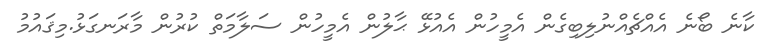
ކާނެ ބޯނެ އެއްޗެއްނުލިބިގެން އެމީހުން އެއުޅޭ ޙާލުން އެމީހުން ސަލާމަތް ކުރުން މާރަނގަޅު.މިޤައުމު